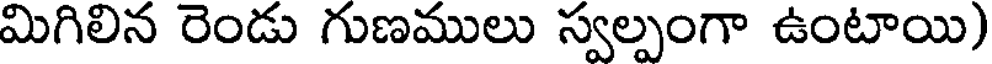
మిగిలిన రెండు గుణములు స్వల్పంగా ఉంటాయి)